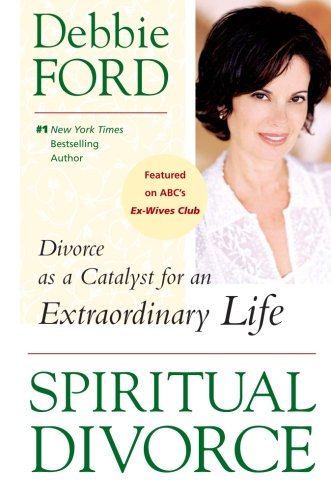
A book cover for Spiritual Divorce: Divorce as a Catalyst for an Extraordinary Life; Debbie Ford; Parenting & Relationships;